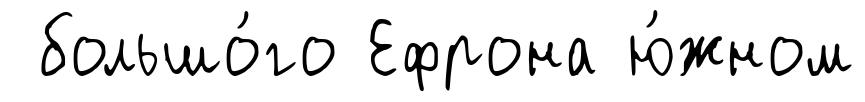
большо́го Ефрона ю́жном